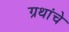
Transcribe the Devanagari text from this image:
ग्रथांचे